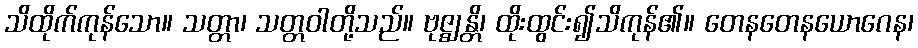
သိထိုက်ကုန်သော။ သတ္တာ၊ သတ္တဝါတို့သည်။ ဗုဇ္ဈန္တိ၊ ထိုးထွင်း၍သိကုန်၏။ တေနတေနယောဂေန၊